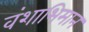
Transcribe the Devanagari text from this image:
वंशाभिमान